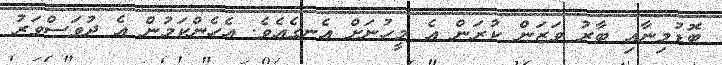
ބޮޑުމިނާއި ބާރު ވަޒަން ކުރަން އެ މީހުނަށް އެނގެއެވެ. އެހެންކަމުން އެ ދުވަސްވަރު